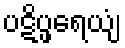
ပဋိပ္ဖရေယျံ